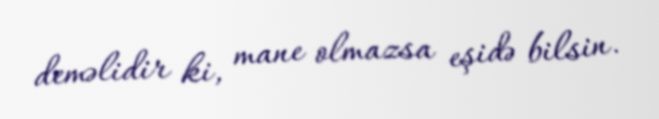
deməlidir ki, mane olmazsa eşidə bilsin.